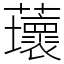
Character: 蘾